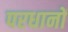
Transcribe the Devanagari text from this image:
परधानों